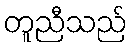
တူညီသည်